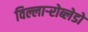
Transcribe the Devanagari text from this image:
विल्लार्‍रोब्लेडो